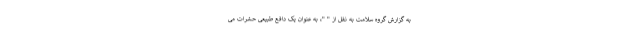
به گزارش گروه سلامت به نقل از " "، به عنوان یک دافع طبیعی حشرات می